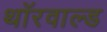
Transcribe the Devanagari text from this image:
थॉरवाल्ड